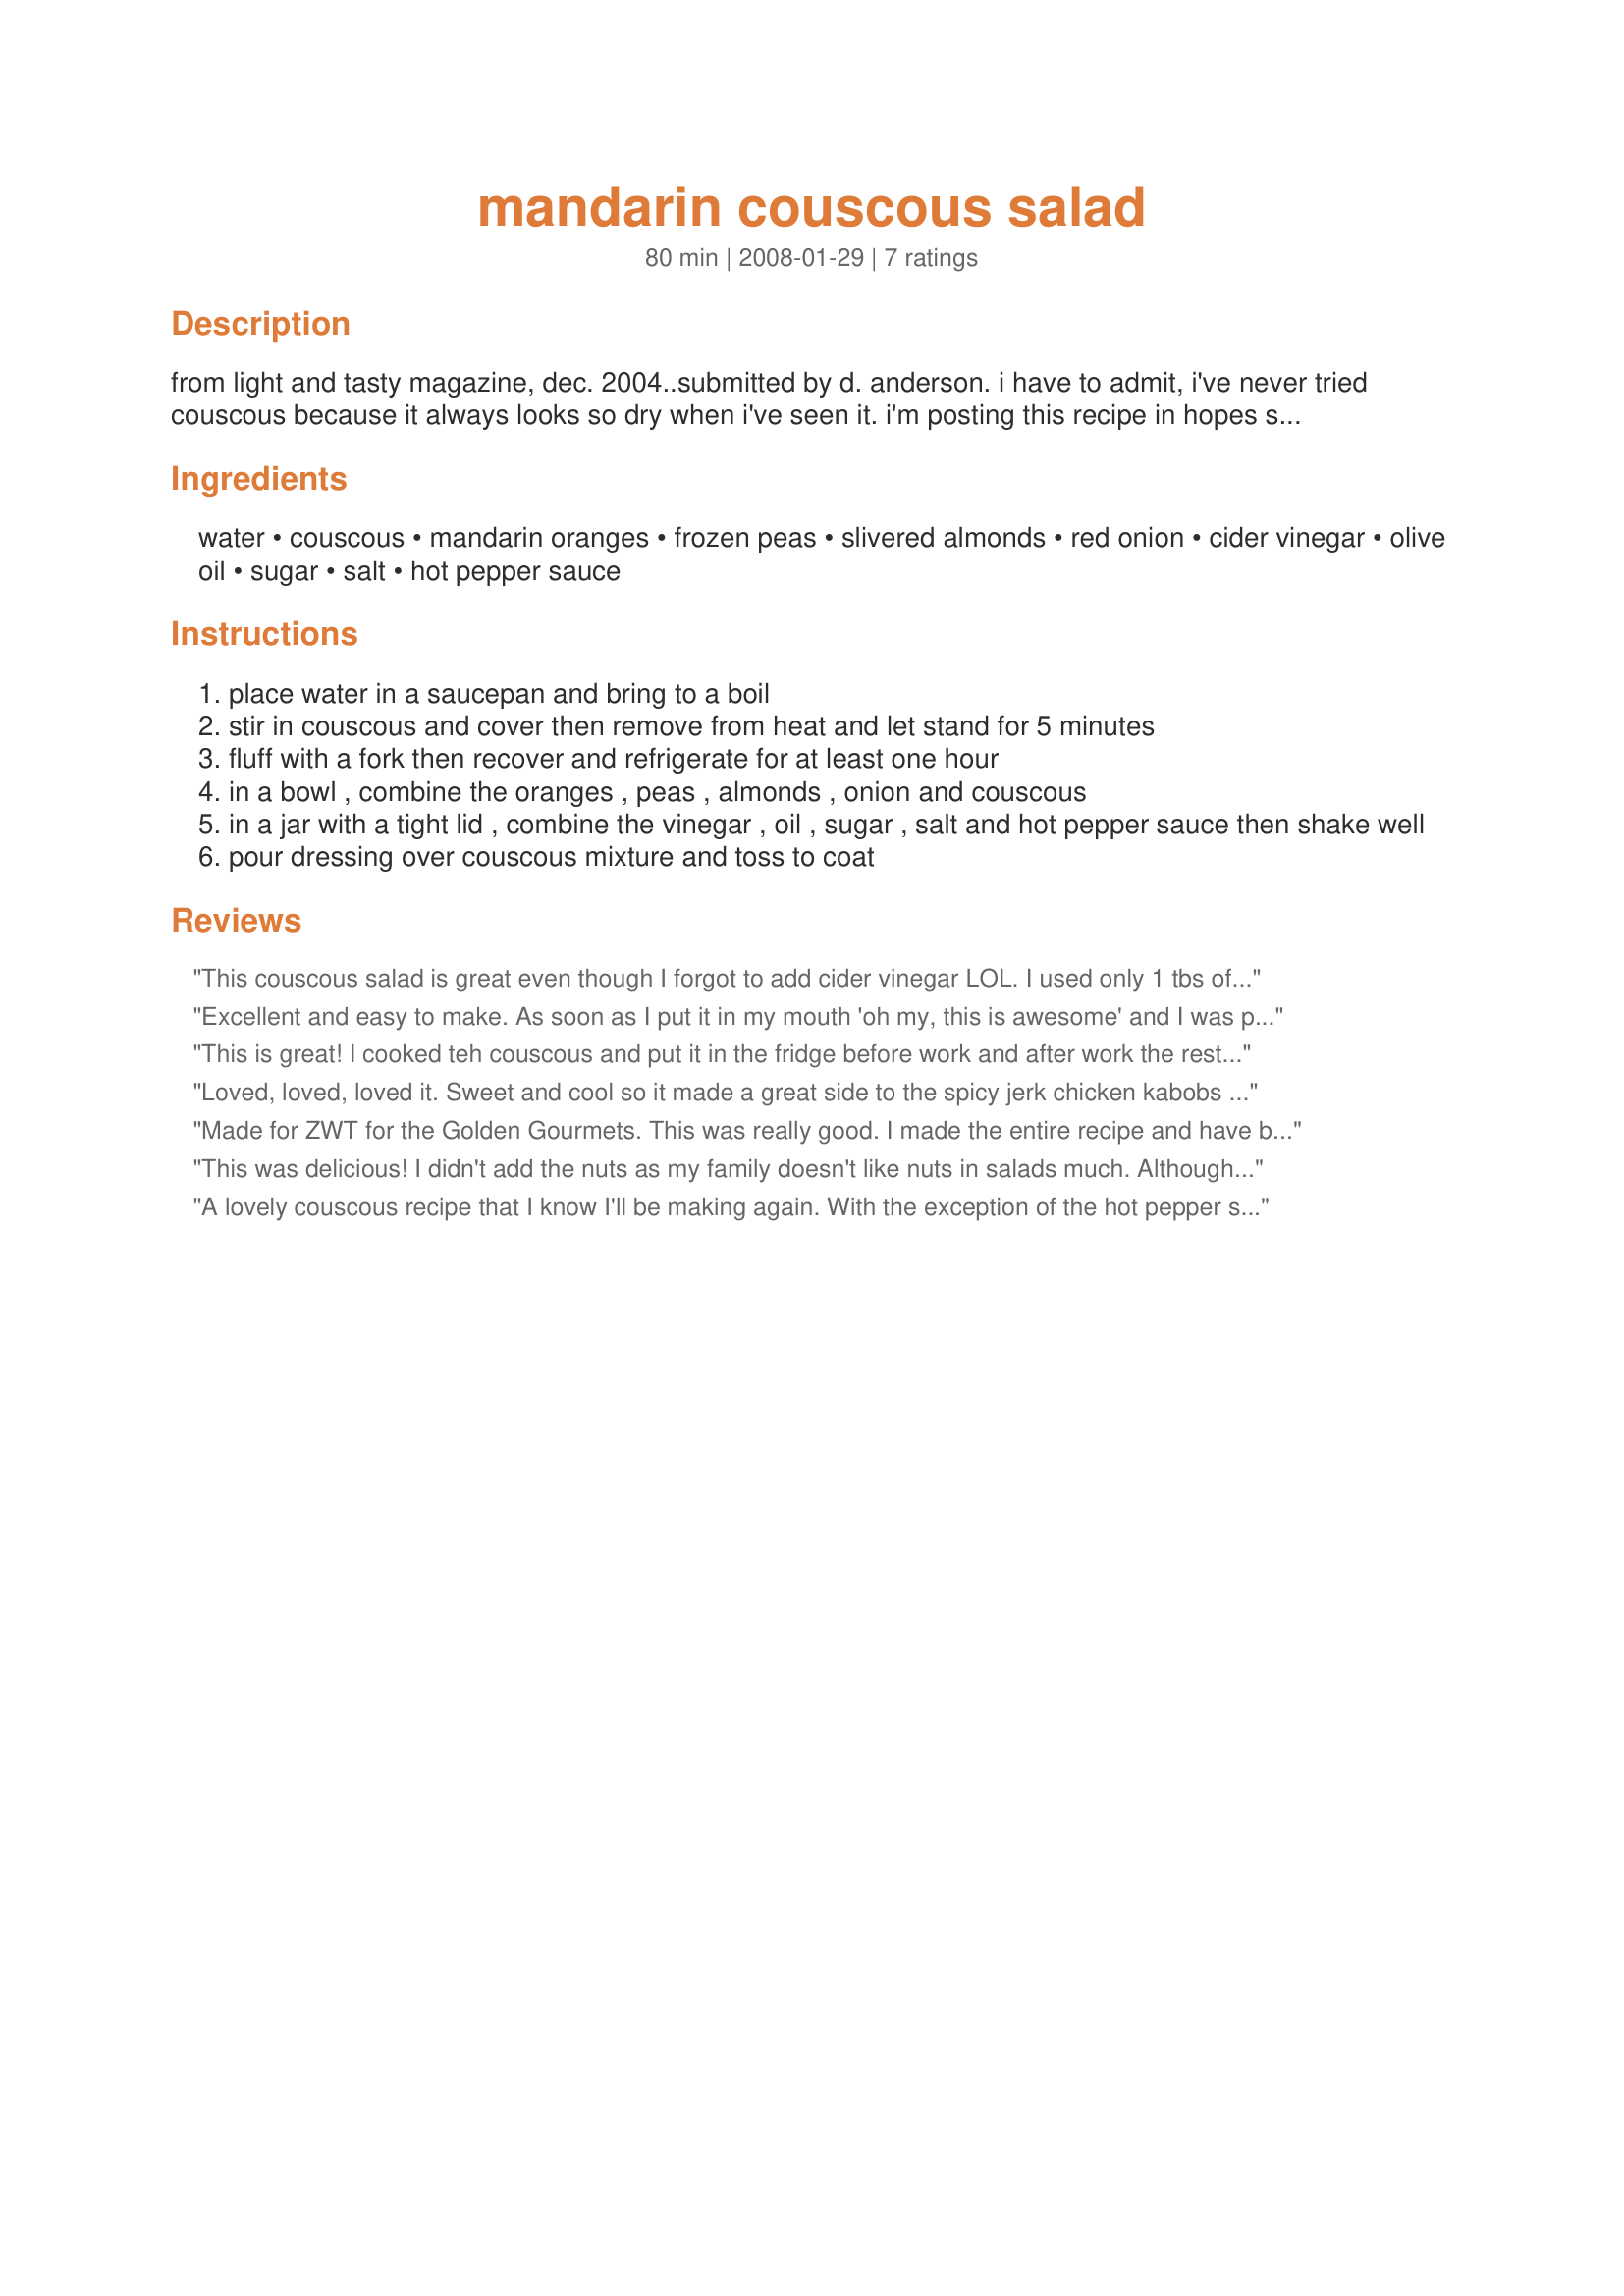
mandarin couscous salad
Preparation time: 80 minutes

from light and tasty magazine, dec. 2004..submitted by d. anderson. i have to admit, i've never tried couscous because it always looks so dry when i've seen it. i'm posting this recipe in hopes someone will review it and tell me if this one will be different. i did not see anything similar on this site. i'm hoping this will get me going in the right direction with a healthy alternative for side dishes. (time to make is a guess as i've not made this before but it does include the time to chill the couscous).

Ingredients:
water, couscous, mandarin oranges, frozen peas, slivered almonds, red onion, cider vinegar, olive oil, sugar, salt, hot pepper sauce

Steps:
place water in a saucepan and bring to a boil
stir in couscous and cover then remove from heat and let stand for 5 minutes
fluff with a fork then recover and refrigerate for at least one hour
in a bowl , combine the oranges , peas , almonds , onion and couscous
in a jar with a tight lid , combine the vinegar , oil , sugar , salt and hot pepper sauce then shake well
pour dressing over couscous mixture and toss to coat

Reviews:
This couscous salad is great even though I forgot to add cider vinegar LOL. I used only 1 tbs of olive oil, splenda instead of sugar, and no salt. Thanks Melissa. Made for 123 hit wonders
Excellent and easy to make. As soon as I put it in my mouth 'oh my, this is awesome' and I was planning when I was going to make it again. The only change I did was after sitting I immediately put it in a bowl to fluff, and kept tossing to allow the steam to quickly escape. Tastes best when newly mixed as the flavors mellowed the next day. Definitely making this again. Thanks!
This is great! I cooked teh couscous and put it in the fridge before work and after work the rest of the salad went to gether in no time at all -- and tasted wonderful! Thanks for sharing!
Loved, loved, loved it. Sweet and cool so it made a great side to the spicy jerk chicken kabobs we had tonight. It such a light dish, easy to make so I plan to make this again and again. Thanks for sharing!
Made for ZWT for the Golden Gourmets. This was really good. I made the entire recipe and have been taking it for lunch this week since I am the only one in the house that will eat couscous. Very light, refreshing lunch.
This was delicious! I didn't add the nuts as my family doesn't like nuts in salads much. Although this was tasty served right way, it tasted better the next day. :)
A lovely couscous recipe that I know I'll be making again. With the exception of the hot pepper sauce which I omitted (zero tolerance of anything hot and spicy), and the addition of some thinly sliced mushrooms and a sprinkling of thyme, I made this exactly to the recipe. Great blend of flavours and textures. We particularly liked the mandarin segments and the slivered almonds in this. Couscous recipes can be so bland, so I'm really glad to have found this one, HokiesLady! :) Thank you for sharing it. Made for Gimme 5!
